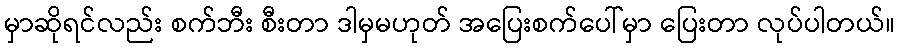
မှာဆိုရင်လည်း စက်ဘီး စီးတာ ဒါမှမဟုတ် အပြေးစက်ပေါ်မှာ ပြေးတာ လုပ်ပါတယ်။